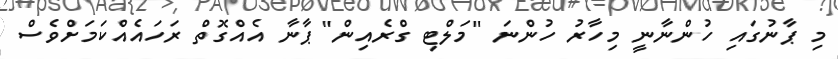
މި ޕާނުގައި ހުންނާނީ މިހާރު ހުންނަ "މަލްޓި ގްރެއިން" ޕާނާ އެއްގޮތް ރަހައެއްކަމަށްވެސް